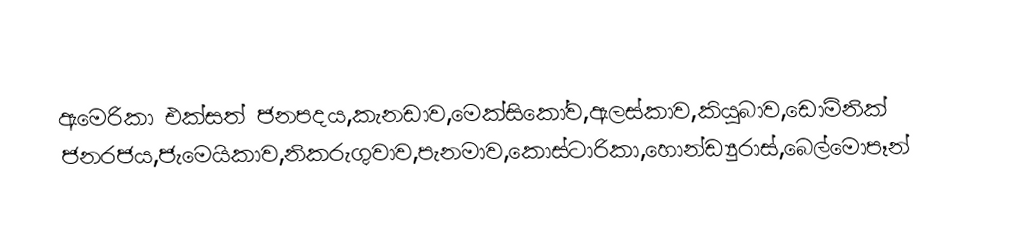
ඇමෙරිකා එක්සත් ජනපදය,කැනඩාව,මෙක්සිකෝව,ඇලස්කාව,⁣කියුබාව,ඩොමිනික් ජනරජය,ජැමෙයිකාව,නිකරුගුවාව,පැනමාව,කොස්ටාරිකා,හොන්ඩ්‍යුරාස්,බෙල්මොපෑන්